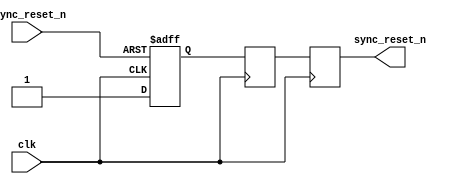
module async_reset_synchronizer (
    input wire async_reset_n,  // Active-low asynchronous reset input
    input wire clk,            // Clock input
    output reg sync_reset_n    // Synchronized reset output
);

    // Internal signals for flip-flops
    reg ff1, ff2;

    // Asynchronous Reset Synchronization Logic
    always @(posedge clk or negedge async_reset_n) begin
        if (!async_reset_n) begin
            ff1 <= 1'b0; // Reset the first flip-flop
        end else begin
            ff1 <= 1'b1; // Set the first flip-flop
        end
    end

    always @(posedge clk) begin
        ff2 <= ff1; // Sample the first flip-flop
    end

    // Final synchronized reset output
    always @(posedge clk) begin
        sync_reset_n <= ff2; // Output the synchronized reset
    end

endmodule